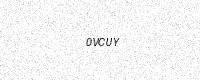
Text: 0VCUY